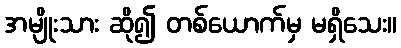
အမျိုးသား ဆို၍ တစ်ယောက်မှ မရှိသေး။